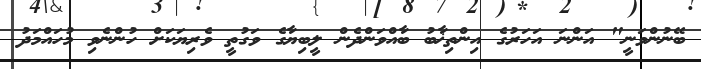
ބޭނުންވަނީ" އަންނަ އަހަރުގެ އިންތިޚާބު ބާއްވަންދެން ލީބިޔާގެ ވަގުތީ ވެރިޔަކަށް ހުންނެވި މުހައްމަދު